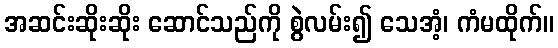
အဆင်းဆိုးဆိုး ဆောင်သည်ကို စွဲလမ်း၍ သေအံ့၊ ကံမထိုက်။